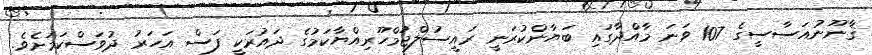
ޤާނޫނުއަސާސީގެ 107 ވަނަ މާއްދާގައި ބަޔާންކުރަނީ ރައީސުލްޖުމްހޫރިއްޔާކަމުގެ ދައުރަކީ ފަސް އަހަރު ދުވަސްކަމަށެވެ.